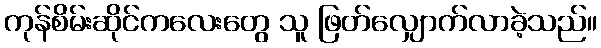
ကုန်စိမ်းဆိုင်ကလေးတွေ သူ ဖြတ်လျှောက်လာခဲ့သည်။